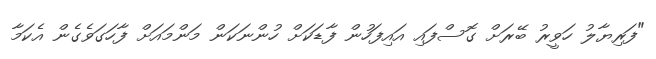
"ފަރިޔާލު ހަވީރު ބޭރަށް ގޮސްފައި އައިފަހުން ފާޑަކަށް ހުންނަކަން މަންމައަށް ފާހަގަވެގެން އެކަމާ